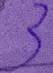
3